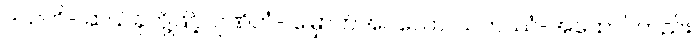
ဒသဟိ- ဆယ်ခုတို့ဖြင့်၊ ဂုဏိတံ- မြှောက်အပ်သော၊ သဟဿံ-အထောင်တည်း၊